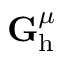
\mathbf { G } _ { \mathrm { h } } ^ { \mu }